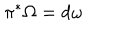
\pi ^ { * } \Omega = d \omega